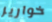
خواريز